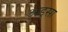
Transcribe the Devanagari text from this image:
अडूसा